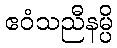
ဧဝံသညီနမ္ပိ